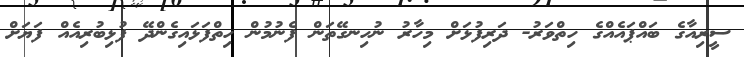
ސީރިއާގެ ބައްޕައެއްގެ ހިތްވަރު- ދަރިފުޅަށް މިހާރު ނުހިނގޭތަން ފެނުމުން ހިތްފަޅައިގެންދޭ ފުޅިބުރިއެއް ފަޔަށް